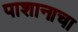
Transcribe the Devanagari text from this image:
पाशानाचा